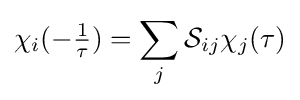
\chi _{i}(-{\tfrac {1}{\tau }})=\sum _{j}{\mathcal {S}}_{ij}\chi _{j}(\tau )